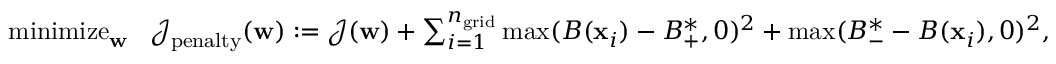
\begin{array} { r } { \operatornamewithlimits { m i n i m i z e } _ { \mathbf { w } } \ \ \mathcal { J } _ { \mathrm { p e n a l t y } } ( \mathbf { w } ) : = \mathcal { J } ( \mathbf { w } ) + \sum _ { i = 1 } ^ { { n _ { \mathrm { g r i d } } } } \operatorname* { m a x } ( B ( \mathbf { x } _ { i } ) - B _ { + } ^ { * } , 0 ) ^ { 2 } + \operatorname* { m a x } ( B _ { - } ^ { * } - B ( \mathbf { x } _ { i } ) , 0 ) ^ { 2 } , } \end{array}